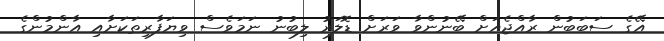
އޭގެ ސަބަބުން ރާއްޖެއަށް ބޭނުންވާ ވަރަށް ޑޮލަރު ލިބުނު ނަމަވެސް ވިޔަފާރިތަކަށާއި އާންމުންގެ